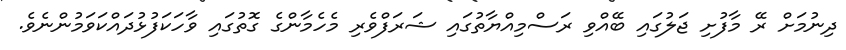
ދިނުމަށް ރޭ މާފުށި ޖަލުގައި ބޭއްވި ރަސްމިއްޔާތުގައި ޝަރަފްވެރި މެހެމާންގެ ގޮތުގައި ވާހަކަފުޅުދައްކަވަމުންނެވެ.